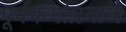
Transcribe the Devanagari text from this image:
पूर्वकर्माप्रमाणे